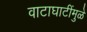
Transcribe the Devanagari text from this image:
वाटाघाटींमुळे